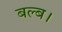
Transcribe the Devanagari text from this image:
बल्ब।